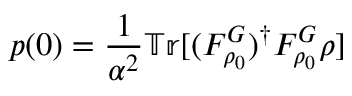
p ( 0 ) = \frac { 1 } { \alpha ^ { 2 } } \mathbb { T r } [ ( F _ { \rho _ { 0 } } ^ { G } ) ^ { \dag } F _ { \rho _ { 0 } } ^ { G } \rho ]